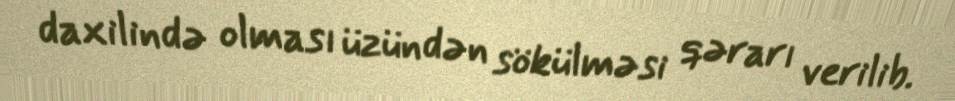
daxilində olması üzündən sökülməsi qərarı verilib.